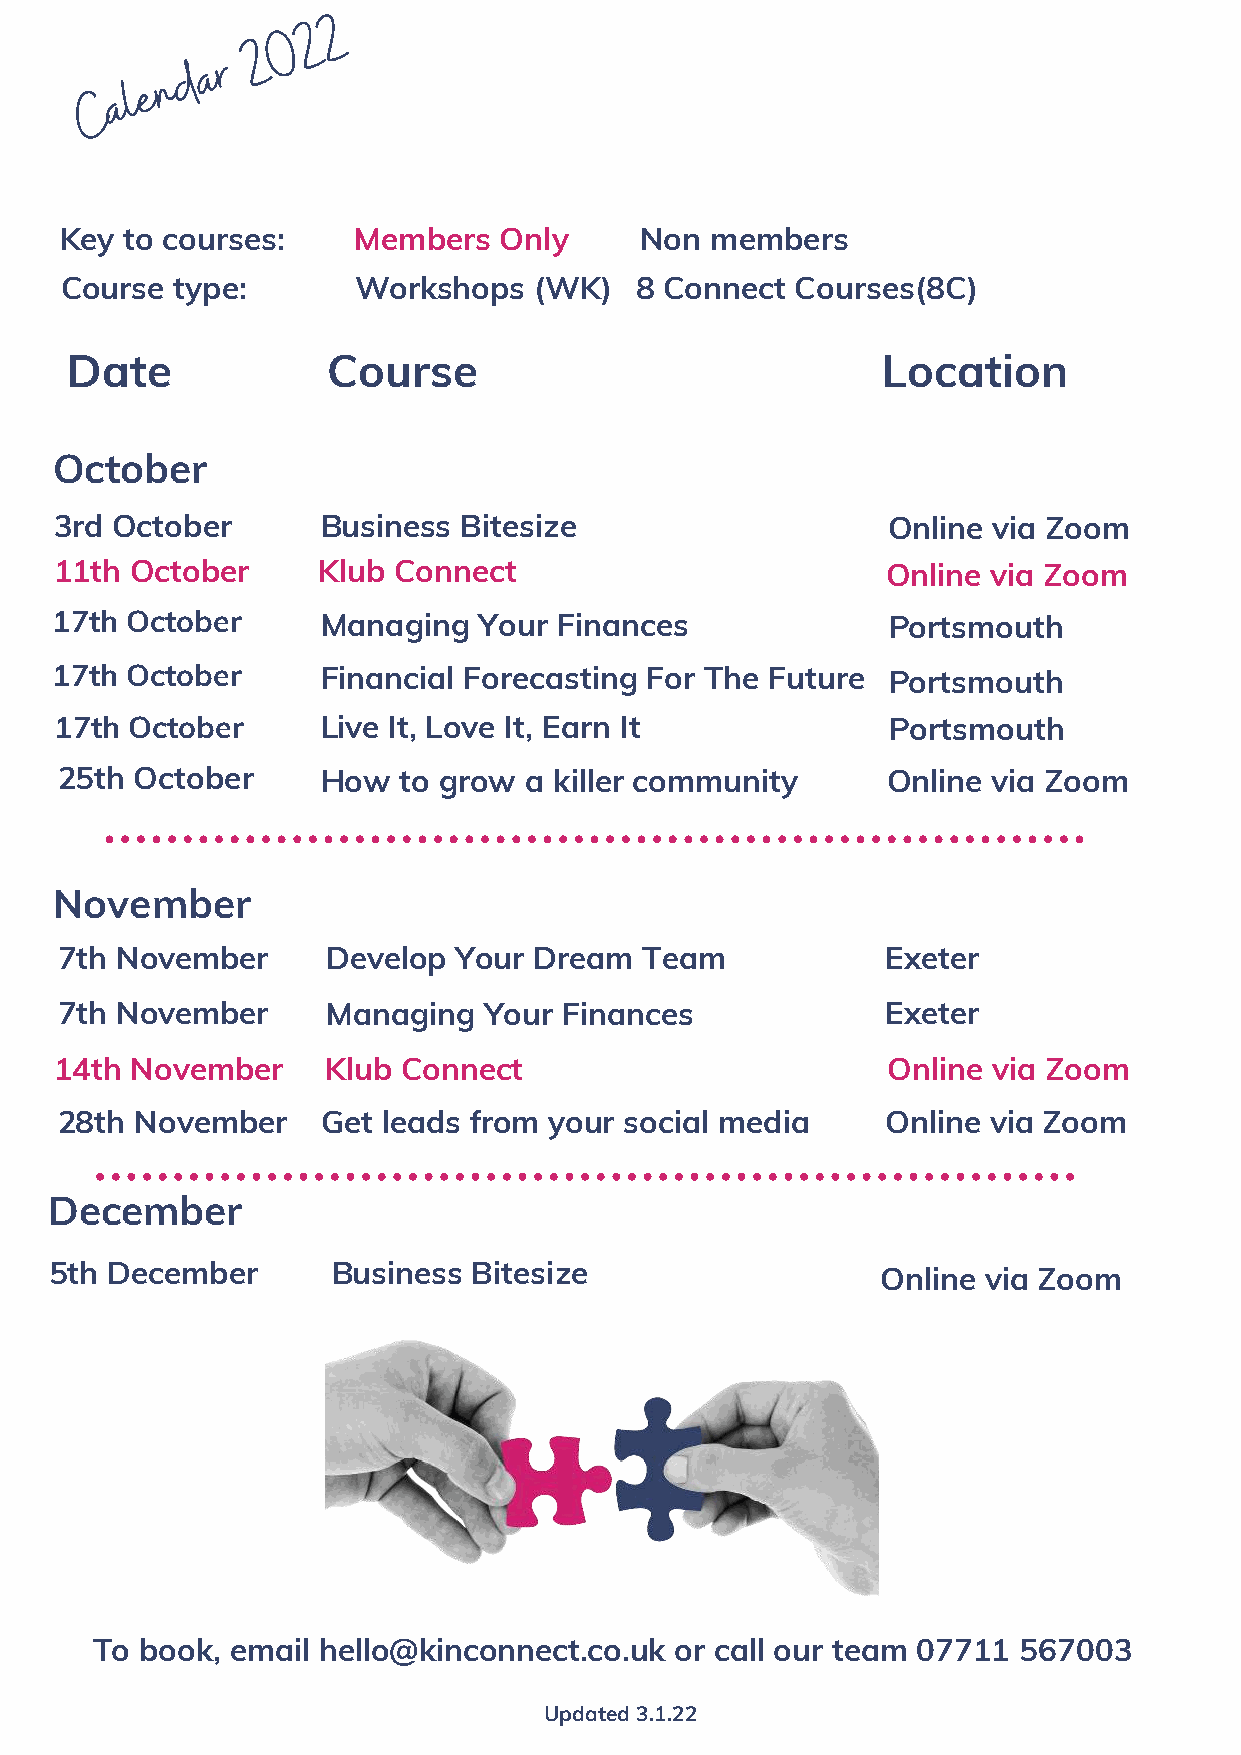
2
 2
 0
 2
 d a r
 n
 C a l e
 Key to courses:    Members   Only     Non  members
 Course type:       Workshops   (WK)   8 Connect  Courses(8C)
 Date              Course                              Location
 October
 3rd October      Business Bitesize                     Online via Zoom
 11th October     Klub Connect                          Online via Zoom
 17th October      Managing   Your Finances              Portsmouth
 17th October      Financial Forecasting For The Future  Portsmouth
 17th October     Live It, Love It, Earn It             Portsmouth
 25th October     How  to grow  a killer community      Online via Zoom
 November
 7th November      Develop Your Dream   Team            Exeter
 7th November      Managing  Your Finances              Exeter
 14th November     Klub Connect                         Online via Zoom
 28th November    Get leads from your social media      Online via Zoom
 December
 5th December       Business Bitesize
 Online via Zoom
 To book, email hello@kinconnect.co.uk  or call our team 07711 567003
 Updated 3.1.22